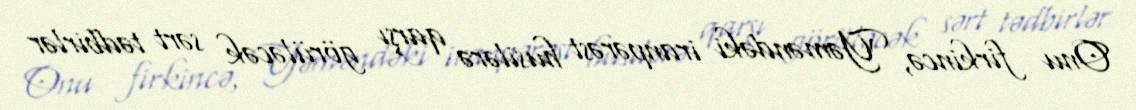
Onu firkincə, Yəməndəki iranpərəst husilərə qarşı görüləcək sərt tədbirlər